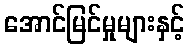
အောင်မြင်မှုများနှင့်